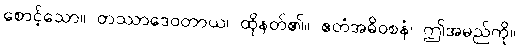
စောင့်သော။ တဿာဒေဝတာယ၊ ထိုနတ်၏။ ဧတံအဓိဝစနံ၊ ဤအမည်ကို။